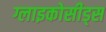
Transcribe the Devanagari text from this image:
ग्लाइकोसीड्स